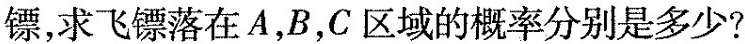
镖，求飞镖落在A，B，C区域的概率分别是多少?